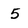
Character: 5